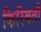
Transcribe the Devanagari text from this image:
किरिबती